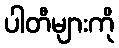
ပါတီများကို